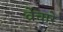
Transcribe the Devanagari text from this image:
वेचारे